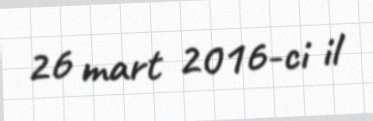
26 mart 2016-ci il